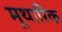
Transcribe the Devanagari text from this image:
मूथारिक